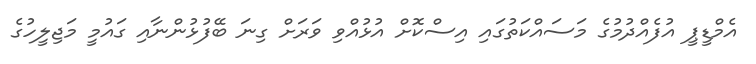
އެމްޑީޕީ އުފެއްދުމުގެ މަސައްކަތުގައި އިސްކޮށް އުޅުއްވި ވަރަށް ގިނަ ބޭފުޅުންނާއި ގައުމީ މަޖިލީހުގެ